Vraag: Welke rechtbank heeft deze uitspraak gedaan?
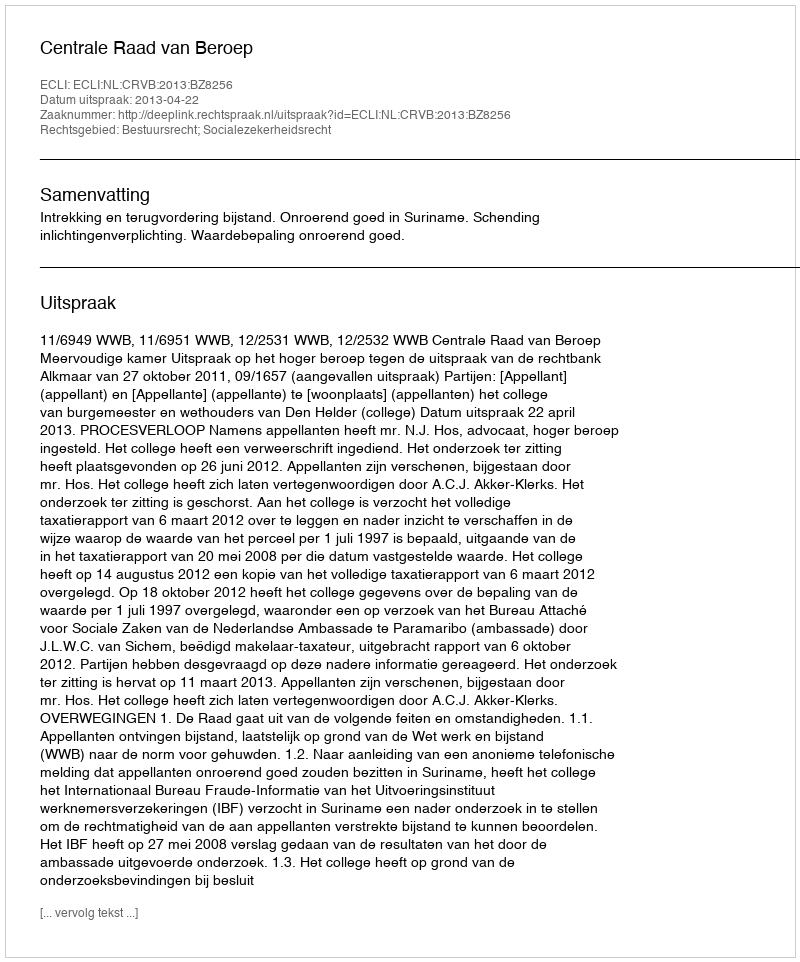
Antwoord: Centrale Raad van Beroep